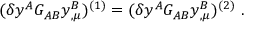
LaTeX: ( \delta y ^ { A } G _ { A B } y _ { \, , \mu } ^ { B } ) ^ { ( 1 ) } = ( \delta y ^ { A } G _ { A B } y _ { \, , \mu } ^ { B } ) ^ { ( 2 ) } ~ .